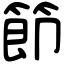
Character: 節